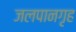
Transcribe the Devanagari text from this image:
जलपानगृह